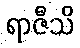
ရာဇီသိ